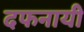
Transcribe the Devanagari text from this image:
दफनायी